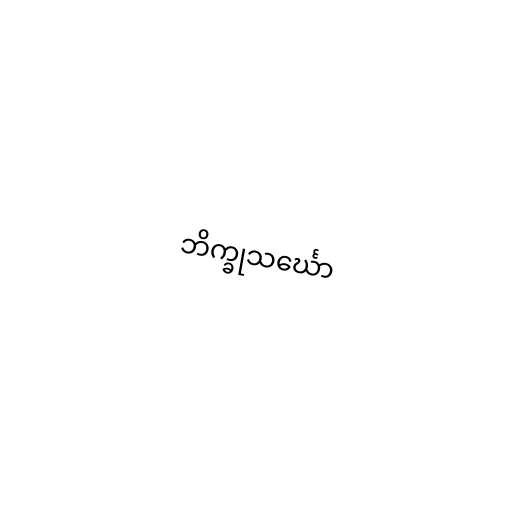
ဘိက္ခုသင်္ဃော